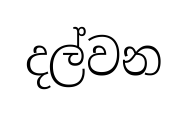
දල්වන